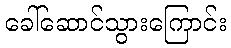
ခေါ်ဆောင်သွားကြောင်း